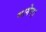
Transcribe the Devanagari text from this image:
मागेन।